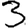
Digit: 3